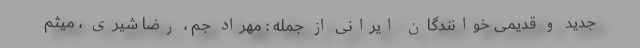
جدید و قدیمی خوانندگان ایرانی از جمله : مهراد جم ، رضا شیری ، میثم